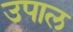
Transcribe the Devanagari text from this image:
उपाल